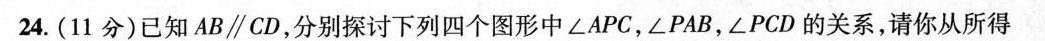
24.(11分)已知AB\parallel CD，分别探讨下列四个图形中∠APC，∠PAB，∠PCD的关系，请你从所得